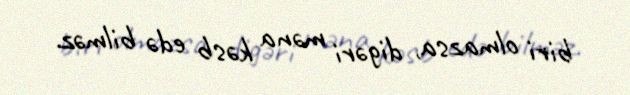
biri olmazsa, digəri məna kəsb edə bilməz.